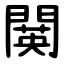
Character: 䦫